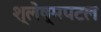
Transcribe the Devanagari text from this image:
श्लेष्मपटल